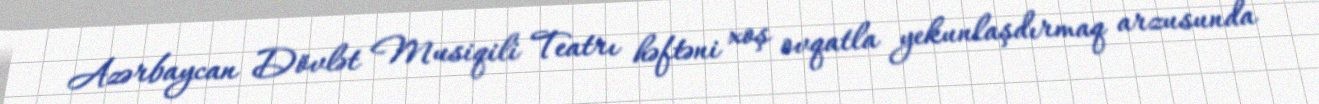
Azərbaycan Dövlət Musiqili Teatrı həftəni xoş ovqatla yekunlaşdırmaq arzusunda